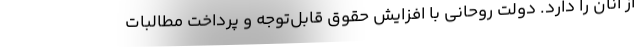
از آنان را دارد. دولت روحانی با افزایش حقوق قابل‌توجه و پرداخت مطالبات